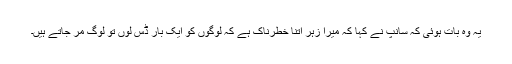
یہ وہ بات ہوئی کہ سانپ نے کہا کہ میرا زہر اتنا خطرناک ہے کہ لوگوں کو ایک بار ڈس لوں تو لوگ مر جاتے ہیں۔